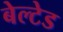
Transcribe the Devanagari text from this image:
बेल्टेड